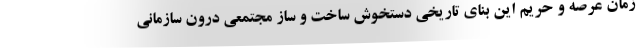
زمان عرصه و حریم این بنای تاریخی دستخوش ساخت و ساز مجتمعی درون سازمانی